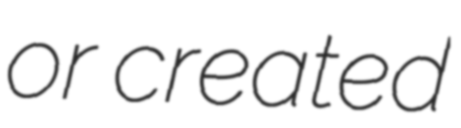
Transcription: or created